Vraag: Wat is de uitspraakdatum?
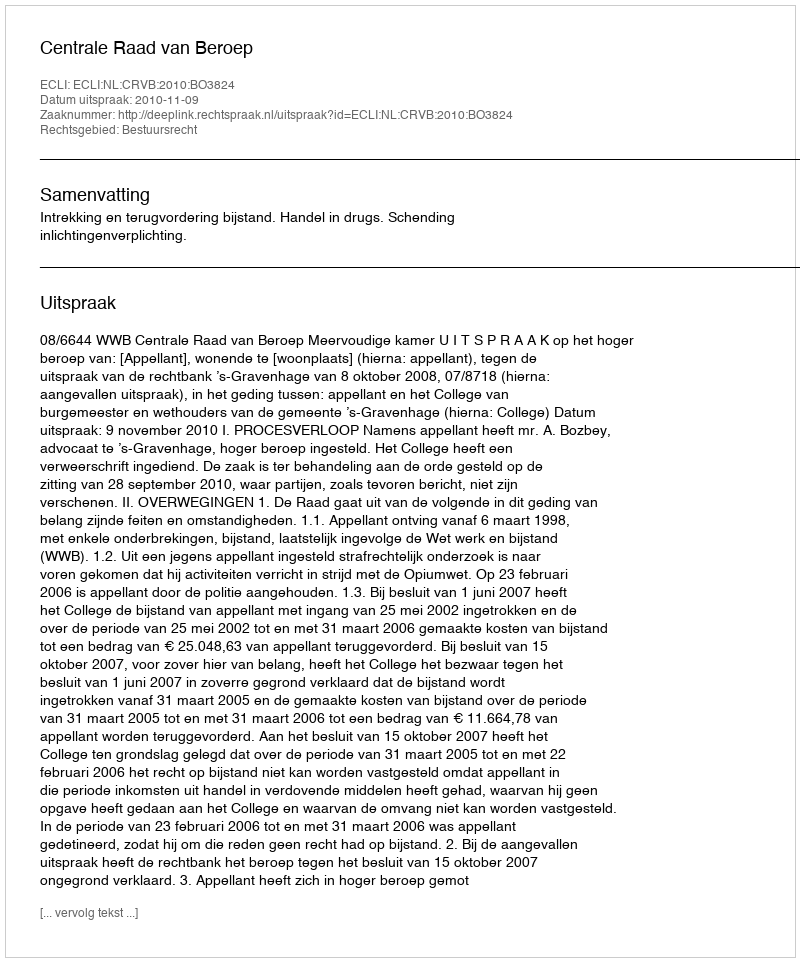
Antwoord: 2010-11-09